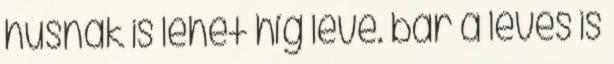
húsnak is lehet híg leve. bár a leves is